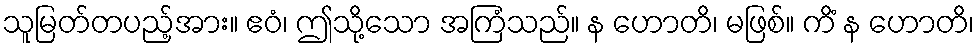
သူမြတ်တပည့်အား။ ဧဝံ၊ ဤသို့သော အကြံသည်။ န ဟောတိ၊ မဖြစ်။ ကိံ န ဟောတိ၊